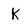
Character: k